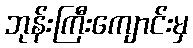
ဘုန်းကြီးကျောင်းမှ